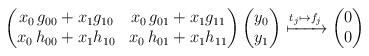
LaTeX: \begin{gather*}\begin{pmatrix}x_0\,g_{00}+x_1g_{10}&x_0\,g_{01}+x_1g_{11}\\x_0\,h_{00}+x_1h_{10}&x_0\,h_{01}+x_1h_{11}\end{pmatrix}\begin{pmatrix}y_0\\y_1\end{pmatrix}\xmapsto{t_j \mapsto f_j}\begin{pmatrix}0\\0\end{pmatrix}\end{gather*}